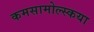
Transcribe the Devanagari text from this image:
कमसामोल्स्कया